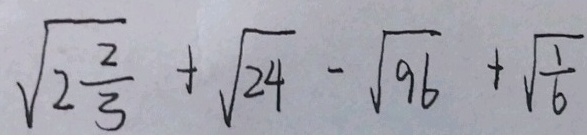
\sqrt { 2 \frac { 2 } { 3 } } + \sqrt { 2 4 } - \sqrt { 9 6 } + \sqrt { \frac { 1 } { 6 } }